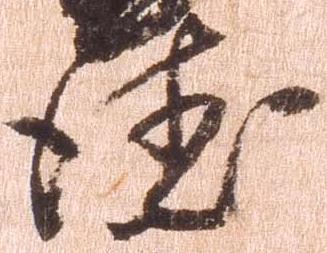
徳